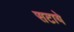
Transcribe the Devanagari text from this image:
सटाये